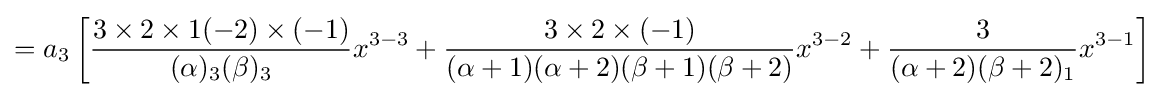
=a_{3}\left[{\frac {3\times 2\times 1(-2)\times (-1)}{(\alpha )_{3}(\beta )_{3}}}x^{3-3}+{\frac {3\times 2\times (-1)}{(\alpha +1)(\alpha +2)(\beta +1)(\beta +2)}}x^{3-2}+{\frac {3}{(\alpha +2)(\beta +2)_{1}}}x^{3-1}\right]